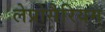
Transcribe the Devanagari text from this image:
लेप्रोसैरियम